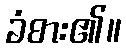
ခံစား၏။